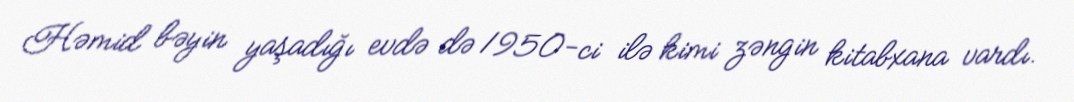
Həmid bəyin yaşadığı evdə də 1950-ci ilə kimi zəngin kitabxana vardı.